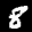
Label: 8